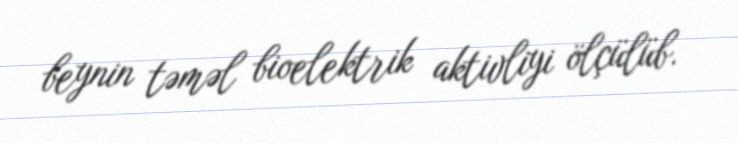
beynin təməl bioelektrik aktivliyi ölçülüb.